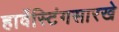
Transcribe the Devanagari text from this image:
हार्वेस्टिंगसारखे